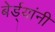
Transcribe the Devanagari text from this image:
बेर्ड्यांनी